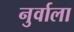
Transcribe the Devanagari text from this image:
नुर्वाला